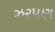
ઝરપણ